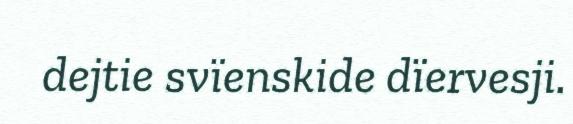
dejtie svïenskide dïervesji.